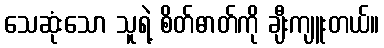
သေဆုံးသော သူရဲ့ စိတ်ဓာတ်ကို ချီးကျူးတယ်။